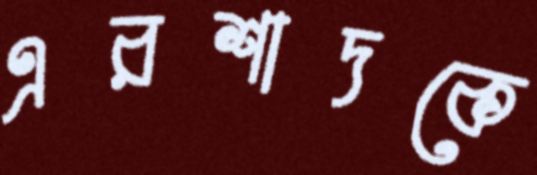
এরশাদকে